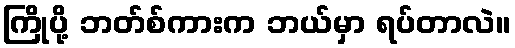
ကြိုပို့ ဘတ်စ်ကားက ဘယ်မှာ ရပ်တာလဲ။